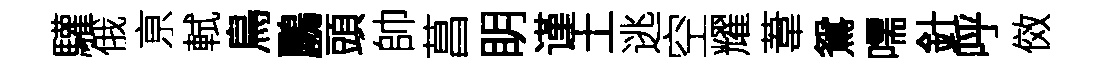
驩俄亰軾鳥鸝頭帥菖眀谨土逃空耀葦鴛嚅針呼傚